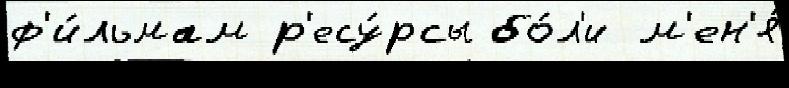
ф'и́льмам р'есу́рсы бо́л'и м'ен'я́